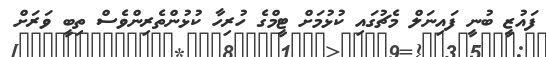
ފައުޒީ ބުނީ ފައިނަލް މެޗުގައި ކުޅުމަށް ޓީމްގެ ހުރިހާ ކުޅުންތެރިންވެސް ތިބީ ވަރަށް